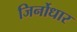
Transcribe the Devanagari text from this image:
जिर्नोधार